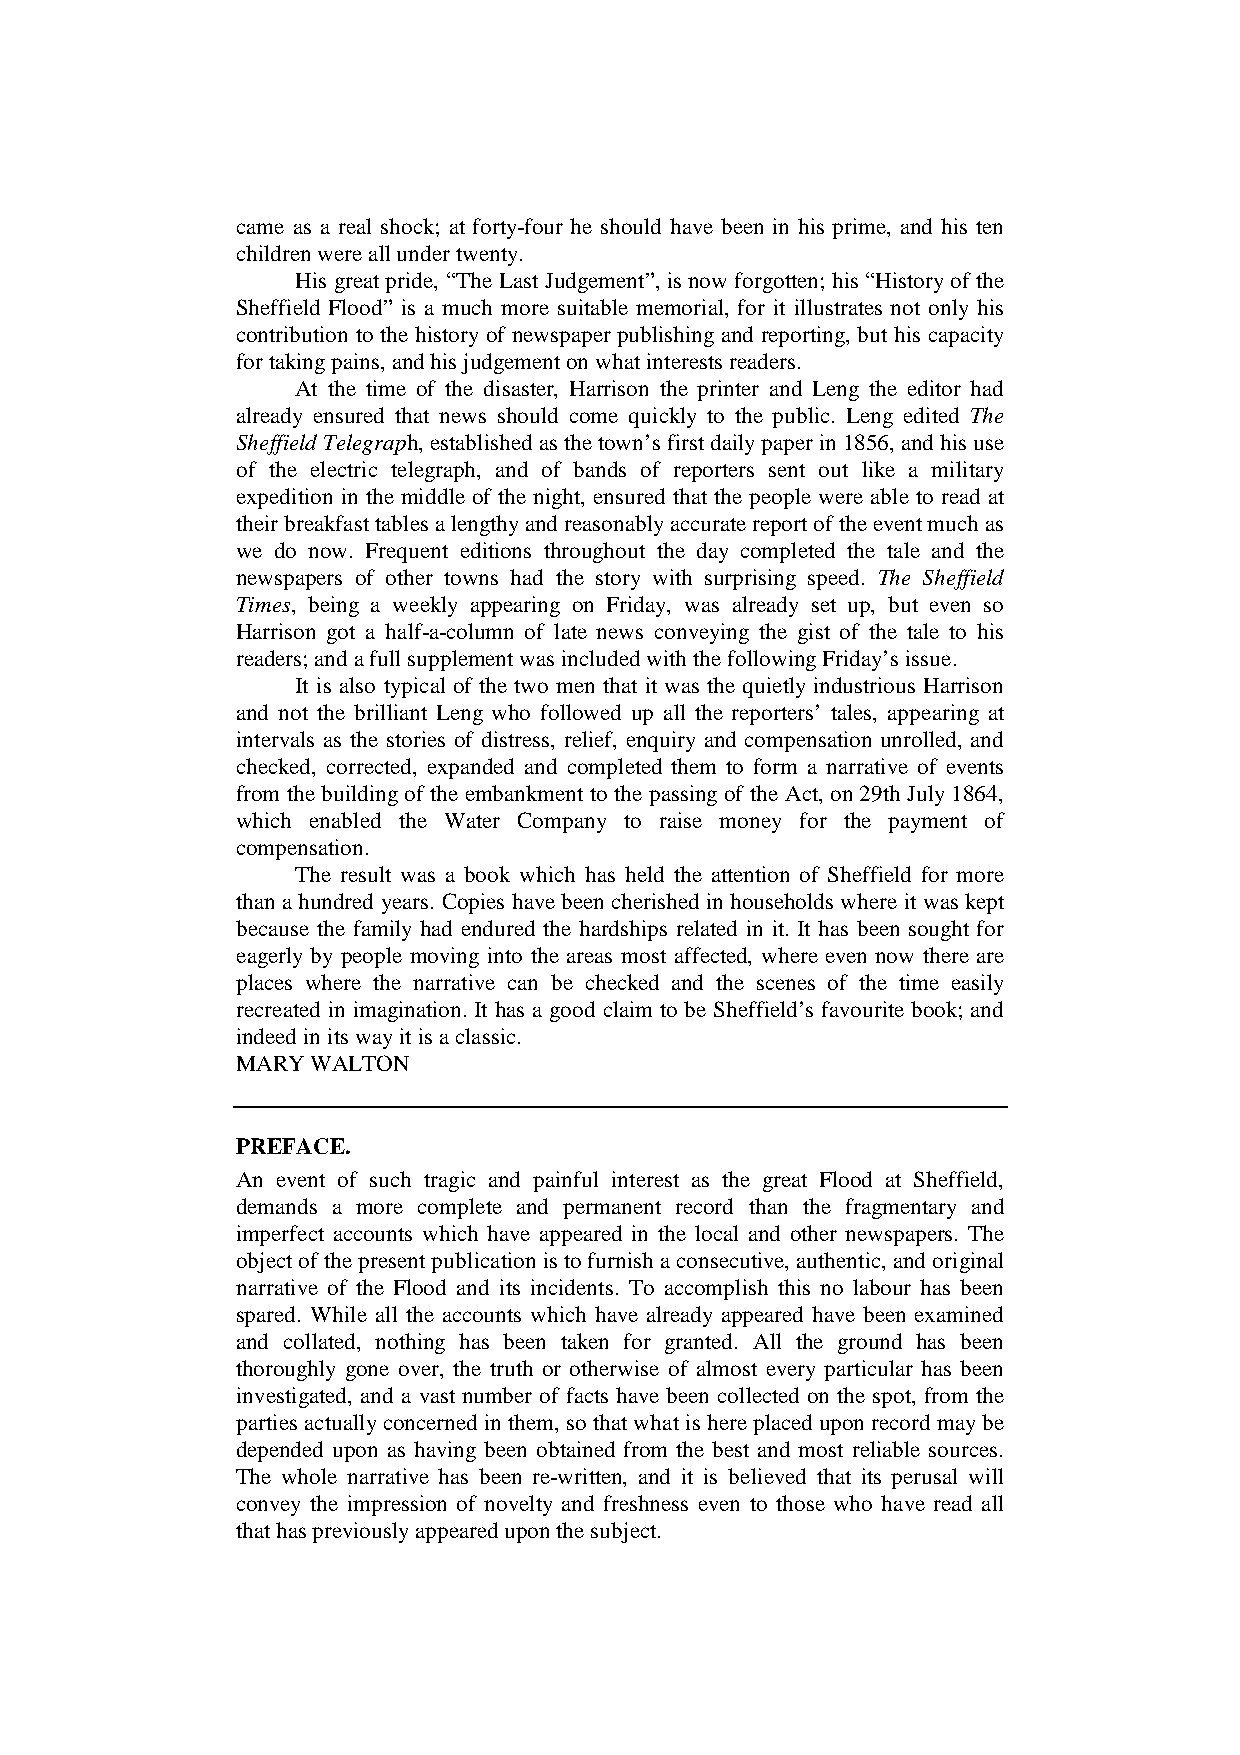
came as a real shock; at forty-four he should have been in his prime, and his ten
 children were all under twenty.
 His great pride, “The Last Judgement”, is now forgotten; his “History of the
 Sheffield Flood” is a much more suitable memorial, for it illustrates not only his
 contribution to the history of newspaper publishing and reporting, but his capacity
 for taking pains, and his judgement on what interests readers.
 At the time of the disaster, Harrison the printer and Leng the editor had
 already ensured that news should come quickly to the public. Leng edited The
 Sheffield Telegraph, established as the town’s first daily paper in 1856, and his use
 of the electric telegraph, and of bands of reporters sent out like a military
 expedition in the middle of the night, ensured that the people were able to read at
 their breakfast tables a lengthy and reasonably accurate report of the event much as
 we do now. Frequent editions throughout the day completed the tale and the
 newspapers of other towns had the story with surprising speed. The Sheffield
 Times, being a weekly appearing on Friday, was already set up, but even so
 Harrison got a half-a-column of late news conveying the gist of the tale to his
 readers; and a full supplement was included with the following Friday’s issue.
 It is also typical of the two men that it was the quietly industrious Harrison
 and not the brilliant Leng who followed up all the reporters’ tales, appearing at
 intervals as the stories of distress, relief, enquiry and compensation unrolled, and
 checked, corrected, expanded and completed them to form a narrative of events
 from the building of the embankment to the passing of the Act, on 29th July 1864,
 which enabled the Water Company to raise money for the payment of
 compensation.
 The result was a book which has held the attention of Sheffield for more
 than a hundred years. Copies have been cherished in households where it was kept
 because the family had endured the hardships related in it. It has been sought for
 eagerly by people moving into the areas most affected, where even now there are
 places where the narrative can be checked and the scenes of the time easily
 recreated in imagination. It has a good claim to be Sheffield’s favourite book; and
 indeed in its way it is a classic.
 MARY WALTON
 PREFACE.
 An event of such tragic and painful interest as the great Flood at Sheffield,
 demands a more complete and permanent record than the fragmentary and
 imperfect accounts which have appeared in the local and other newspapers. The
 object of the present publication is to furnish a consecutive, authentic, and original
 narrative of the Flood and its incidents. To accomplish this no labour has been
 spared. While all the accounts which have already appeared have been examined
 and collated, nothing has been taken for granted. All the ground has been
 thoroughly gone over, the truth or otherwise of almost every particular has been
 investigated, and a vast number of facts have been collected on the spot, from the
 parties actually concerned in them, so that what is here placed upon record may be
 depended upon as having been obtained from the best and most reliable sources.
 The whole narrative has been re-written, and it is believed that its perusal will
 convey the impression of novelty and freshness even to those who have read all
 that has previously appeared upon the subject.